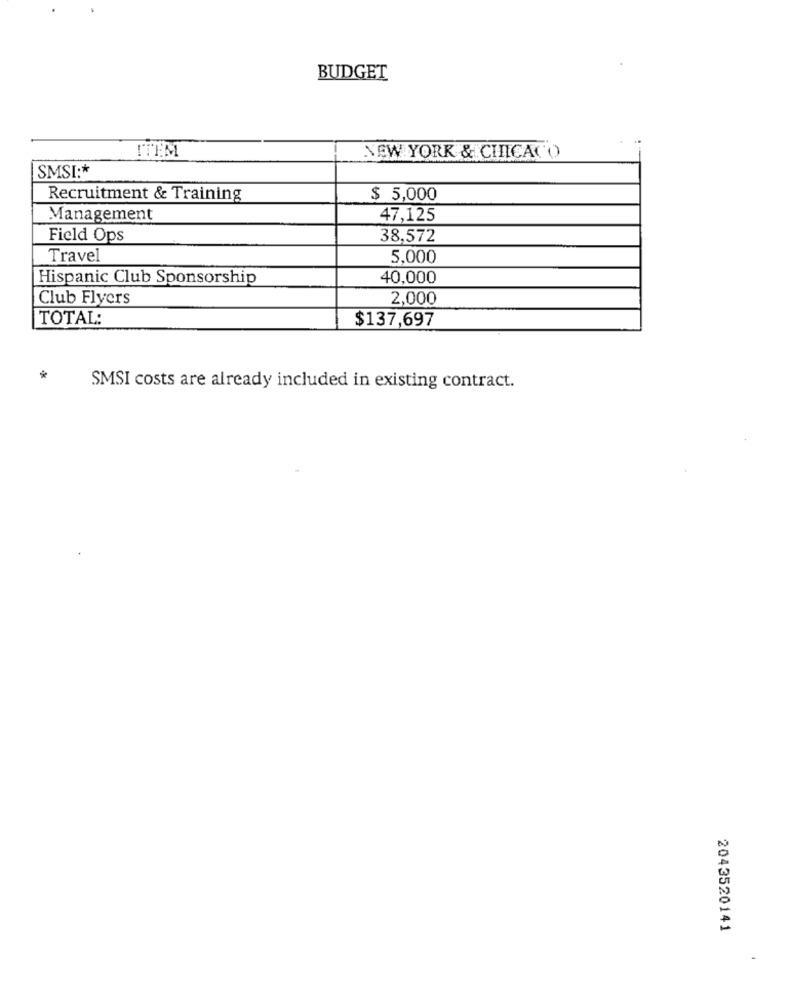
BUDGET
NEW YORK & CHICACO
SMSI :*
Recruitment & Training
$ 5,000
Management
47,125
Field Ops
38,572
Travel
5,000
Hispanic Club Sponsorship
40,000
Club Flyers
2,000
TOTAL:
$137,697
SMSI costs are already included in existing contract.
2043520141